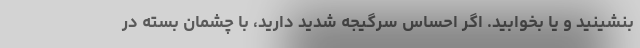
بنشینید و یا بخوابید. اگر احساس سرگیجه شدید دارید، با چشمان بسته در